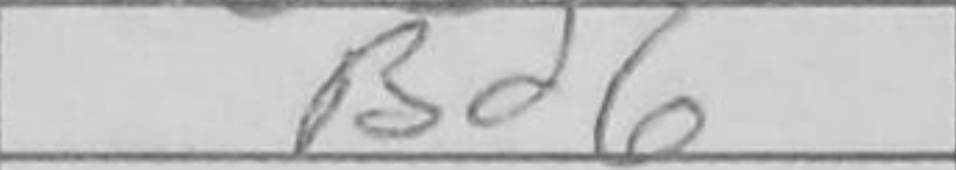
Transcription: Bd6